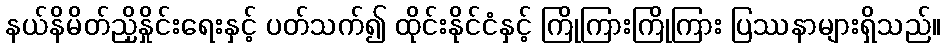
နယ်နိမိတ်ညှိနှိုင်းရေးနှင့် ပတ်သက်၍ ထိုင်းနိုင်ငံနှင့် ကြိုကြားကြိုကြား ပြဿနာများရှိသည်။